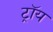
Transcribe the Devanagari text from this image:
ट्राॅय